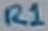
Text: R1